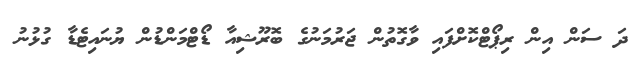
ދަ ސަން އިން ރިޕޯޓްކޮށްފައި ވާގޮތުން ޖަރުމަނުގެ ބޮރޫޝިއާ ޑޯޓްމަންޑުން ޔުނައިޓެޑާ ގުޅުނު